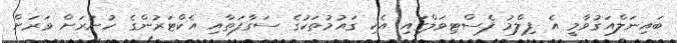
ބައިނަލްއަގުވާމީ އެ ފިލްމު ފެސްޓިވަލްގައި އެކި ގައުމުތަކުގެ ސަގާފަތާއި އެކްޓަރުންގެ ހުނަރަށް ވަރަށް